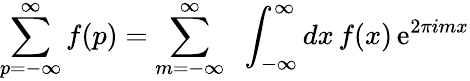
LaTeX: \sum_{p=-\infty}^{\infty}f(p)=\sum_{m=-\infty}^{\infty}\; \; \int_{-\infty}^{\infty}dx\, f(x)\, \mathrm{e}^{2\pi imx}